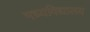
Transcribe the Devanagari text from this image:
मध्यविद्यालय